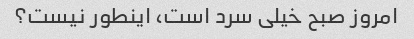
امروز صبح خیلی سرد است، اینطور نیست؟